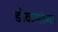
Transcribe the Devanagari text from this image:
डोळयांना